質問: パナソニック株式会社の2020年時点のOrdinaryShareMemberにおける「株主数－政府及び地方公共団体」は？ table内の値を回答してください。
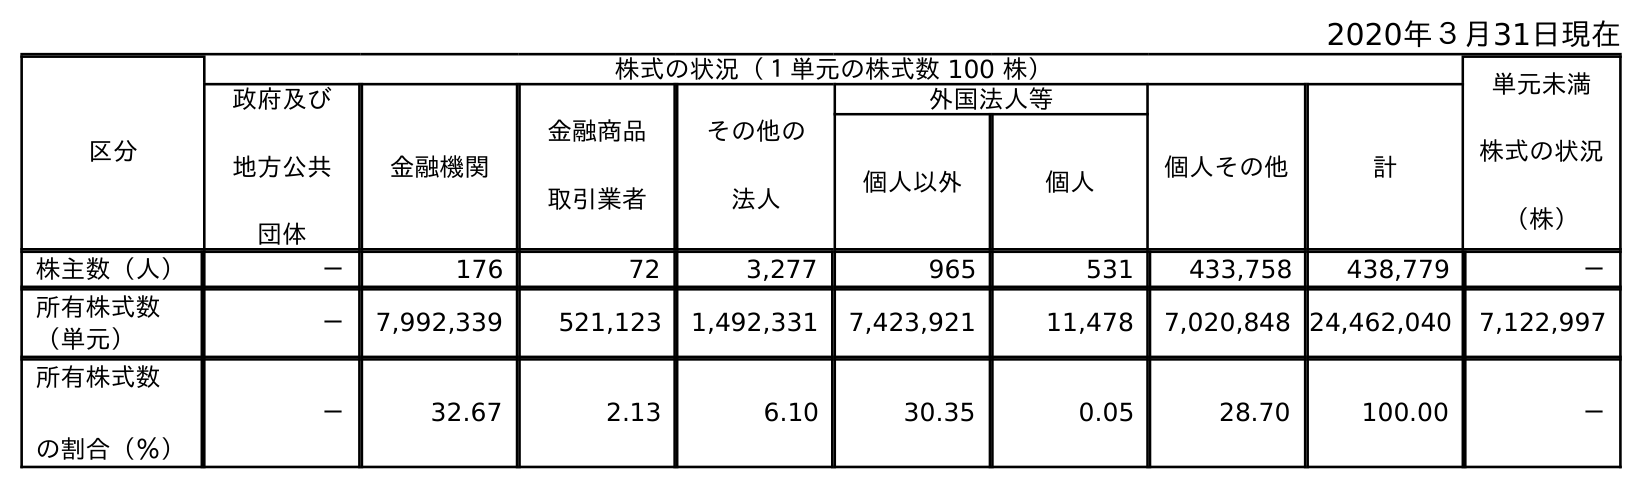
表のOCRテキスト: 2020年３月31日現在 区分 株式の状況（１単元の株式数 100 株） 単元未満 株式の状況 （株） 政府及び 地方公共 団体 金融機関 金融商品 取引業者 その他の 法人 外国法人等 個人その他 計 個人以外 個人 株主数（人） － 176 72 3,277 965 531 433,758 438,779 － 所有株式数 （単元） － 7,992,339 521,123 1,492,331 7,423,921 11,478 7,020,848 24,462,040 7,122,997 所有株式数 の割合（％） － 32.67 2.13 6.10 30.35 0.05 28.70 100.00 －
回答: －